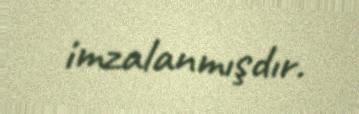
imzalanmışdır.